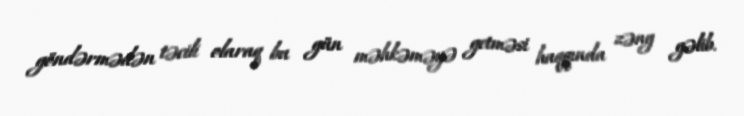
göndərmədən təcili olaraq bu gün məhkəməyə getməsi haqqında zəng gəlib.